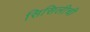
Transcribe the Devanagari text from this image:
सिसिलीची